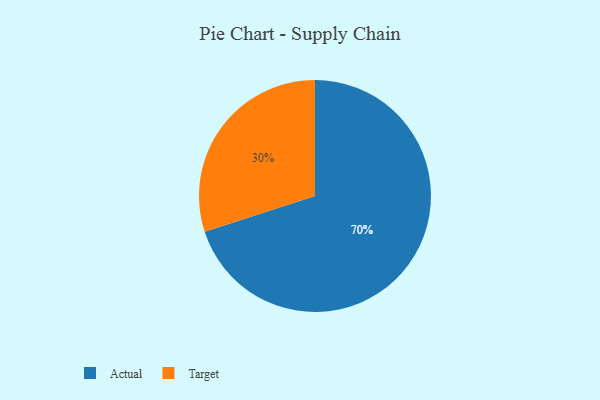
{"axis": {"x": "Category", "y": "Percentage"}, "legend": ["Actual", "Target"], "data": [{"x": "Target", "y": 30, "type": "Target"}, {"x": "Actual", "y": 70, "type": "Actual"}]}